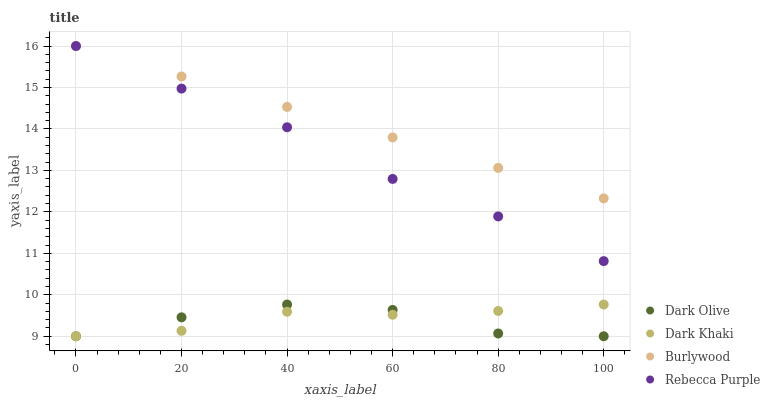
| xaxis_label | Dark Olive | Dark Khaki | Burlywood | Rebecca Purple |
 | --- | --- | --- | --- | --- |
 | 0 | 9 | 9 | 16 | 16 |
 | 20 | 9.46 | 9.13 | 15.3 | 15 |
 | 40 | 9.76 | 9.59 | 14.5 | 14 |
 | 60 | 9.63 | 9.52 | 13.8 | 12.8 |
 | 80 | 9.07 | 9.61 | 13.1 | 11.9 |
 | 100 | 9 | 9.77 | 12.3 | 10.8 |